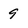
Character: 9